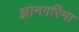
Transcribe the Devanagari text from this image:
ज्ञानगरिमा